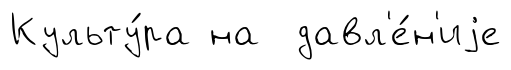
Культу́ра на давл'е́н'иjе